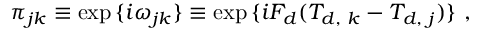
\pi _ { j k } \equiv \exp { \{ i \omega _ { j k } \} } \equiv \exp { \{ i F _ { d } ( T _ { d , \, \, k } - T _ { d , \, \, j } ) \} } \ ,